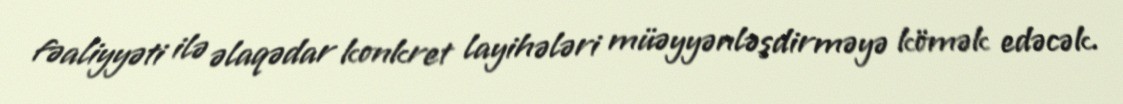
fəaliyyəti ilə əlaqədar konkret layihələri müəyyənləşdirməyə kömək edəcək.